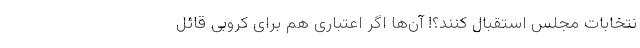
نتخابات مجلس استقبال کنند؟! آن‌ها اگر اعتباری هم برای کروبی قائل